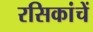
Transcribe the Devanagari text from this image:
रसिकांचें